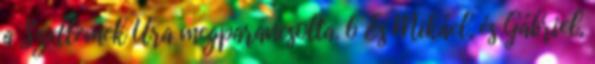
a Szellemek Ura megparancsolta. 6 És Mikáel, és Gábriel,